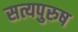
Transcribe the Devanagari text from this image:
सत्यपुरुष